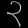
Digit: ၃